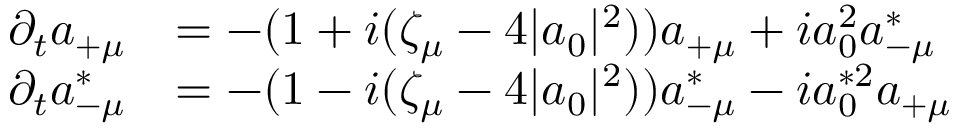
\begin{array} { r l } { \partial _ { t } a _ { + \mu } } & { = - ( 1 + i ( \zeta _ { \mu } - 4 | a _ { 0 } | ^ { 2 } ) ) a _ { + \mu } + i a _ { 0 } ^ { 2 } a _ { - \mu } ^ { * } } \\ { \partial _ { t } a _ { - \mu } ^ { * } } & { = - ( 1 - i ( \zeta _ { \mu } - 4 | a _ { 0 } | ^ { 2 } ) ) a _ { - \mu } ^ { * } - i a _ { 0 } ^ { * 2 } a _ { + \mu } } \end{array}